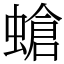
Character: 螥